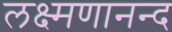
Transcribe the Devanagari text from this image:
लक्ष्मणानन्द